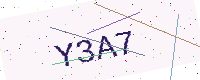
Text: Y3A7